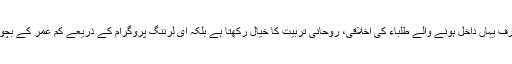
ڈاکٹر خان محمد نے کہا کہ کالج آف شریعہ اینڈ اسلامک سائنسز نہ صرف یہاں داخل ہونے والے طلباء کی اخلاقی، روحانی تربیت کا خیال رکھتا ہے بلکہ ای لرننگ پروگرام کے ذریعے کم عمر کے بچوں کو آن لائن قرآنی تعلیم دینے کا بھی ایک وسیع نیٹ ورک رکھتا ہے۔